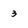
Character: 3